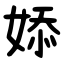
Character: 婖